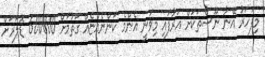
މިފަހަރު އޭނާ ނޫސްތަކަށް އަރާފައި މިވަނީ އެންމެ ކަންނެއްޏެއް ގަތުމަށް 600000 ޑޮލަރަށް